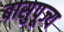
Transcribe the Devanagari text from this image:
बासुपूज्य